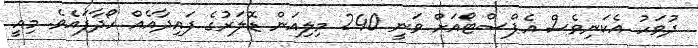
ދުވަހު އެކަނިވެސް އެޕްސްޓޯއަށް ވަނީ 240 މިލިއަން ޑޮލަރުގެ ފައިދާއެއް ހޯދާފައެވެ. މިއީ